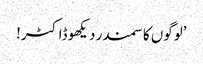
’لوگوں کا سمندر دیکھو ڈاکٹر!